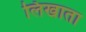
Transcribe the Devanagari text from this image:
लिखाता